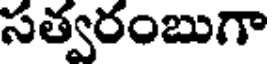
సత్వరంబుగా